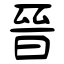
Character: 晉